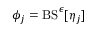
\phi _ { j } = \mathrm { B S } ^ { \epsilon } [ \eta _ { j } ]